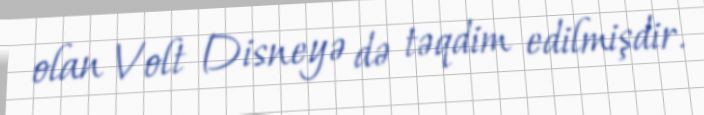
olan Volt Disneyə də təqdim edilmişdir.